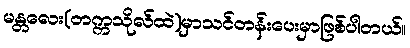
မန္တလေး(တက္ကသိုလ်ထဲ)မှာသင်တန်းပေးမှာဖြစ်ပါတယ်။